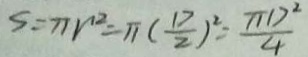
S = \pi r ^ { 2 } = \pi ( \frac { D } { 2 } ) ^ { 2 } = \frac { \pi D ^ { 2 } } { 4 }